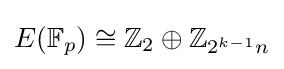
E(\mathbb {F} _{p})\cong \mathbb {Z} _{2}\oplus \mathbb {Z} _{2^{k-1}n}